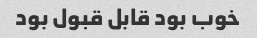
خوب بود قابل قبول بود